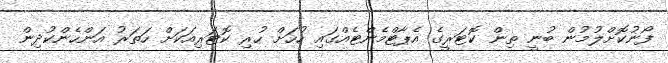
ފޯނުކޮށްލުމުން ބުނީ ތިން ކޮޓަރީގެ އެޕާޓްމެންޓެއްގައި ހުހަށް ހުރި ކޮޓަރިއަކަށް ހަތަރު އަންހެންކުދިން